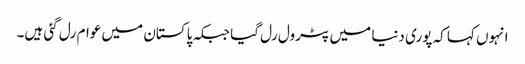
انہوں کہا کہ پوری دنیا میں پٹرول رل گیا جبکہ پاکستان میں عوام رل گئی ہیں۔